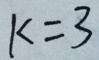
k = 3